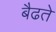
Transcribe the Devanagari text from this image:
बैढते